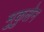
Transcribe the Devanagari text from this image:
मुकुलेन